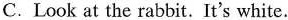
C.Look at the rabbit. It's white.